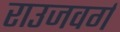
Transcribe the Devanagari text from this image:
राउजवर्ग